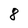
Character: 8